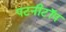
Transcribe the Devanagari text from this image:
पटनीटॉप